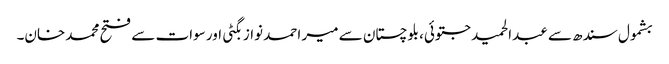
بشمول سندھ سے عبدالحمید جتوئی، بلوچستان سے میر احمد نواز بگٹی اور سوات سے فتح محمد خان۔